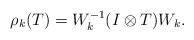
LaTeX: \begin{align*}\rho_k(T) = W_k^{-1}(I \otimes T)W_k.\end{align*}